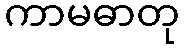
ကာမဓာတု